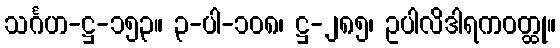
သင်္ဂဟ-ဋ္ဌ-၁၅၃။ ၃-ပါ-၁၀၈၊ ဋ္ဌ-၂၈၅၊ ဥပါလိဒါရကဝတ္ထု။